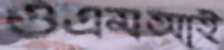
ওএমআই